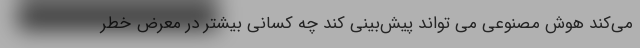
می‌کند هوش مصنوعی می تواند پیش‌بینی کند چه کسانی بیشتر در معرض خطر